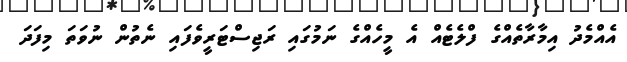
އެއްމެދު އިމާރާތެއްގެ ފްލެޓެއް އެ މީހެއްގެ ނަމުގައި ރަޖިސްޓަރީވެފައި ނެތުން ނުވަތަ މިފަދަ